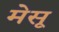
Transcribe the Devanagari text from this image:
मेसू